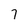
Character: 7